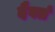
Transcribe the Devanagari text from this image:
दैवतं